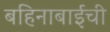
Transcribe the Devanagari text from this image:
बहिनाबाईची